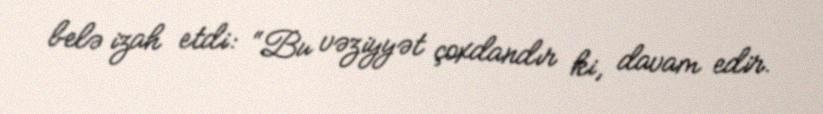
belə izah etdi: “Bu vəziyyət çoxdandır ki, davam edir.